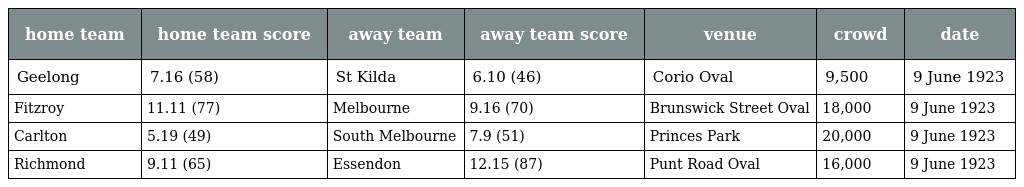
| home team | home team score | away team | away team score | venue | crowd | date |
 | --- | --- | --- | --- | --- | --- | --- |
 | Geelong | 7.16 (58) | St Kilda | 6.10 (46) | Corio Oval | 9,500 | 9 June 1923 |
 | Fitzroy | 11.11 (77) | Melbourne | 9.16 (70) | Brunswick Street Oval | 18,000 | 9 June 1923 |
 | Carlton | 5.19 (49) | South Melbourne | 7.9 (51) | Princes Park | 20,000 | 9 June 1923 |
 | Richmond | 9.11 (65) | Essendon | 12.15 (87) | Punt Road Oval | 16,000 | 9 June 1923 |